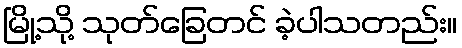
မြို့သို့ သုတ်ခြေတင် ခဲ့ပါသတည်း။